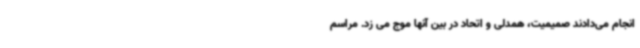
انجام می‌دادند صمیمیت، همدلی و اتحاد در بین آنها موج می زد. مراسم